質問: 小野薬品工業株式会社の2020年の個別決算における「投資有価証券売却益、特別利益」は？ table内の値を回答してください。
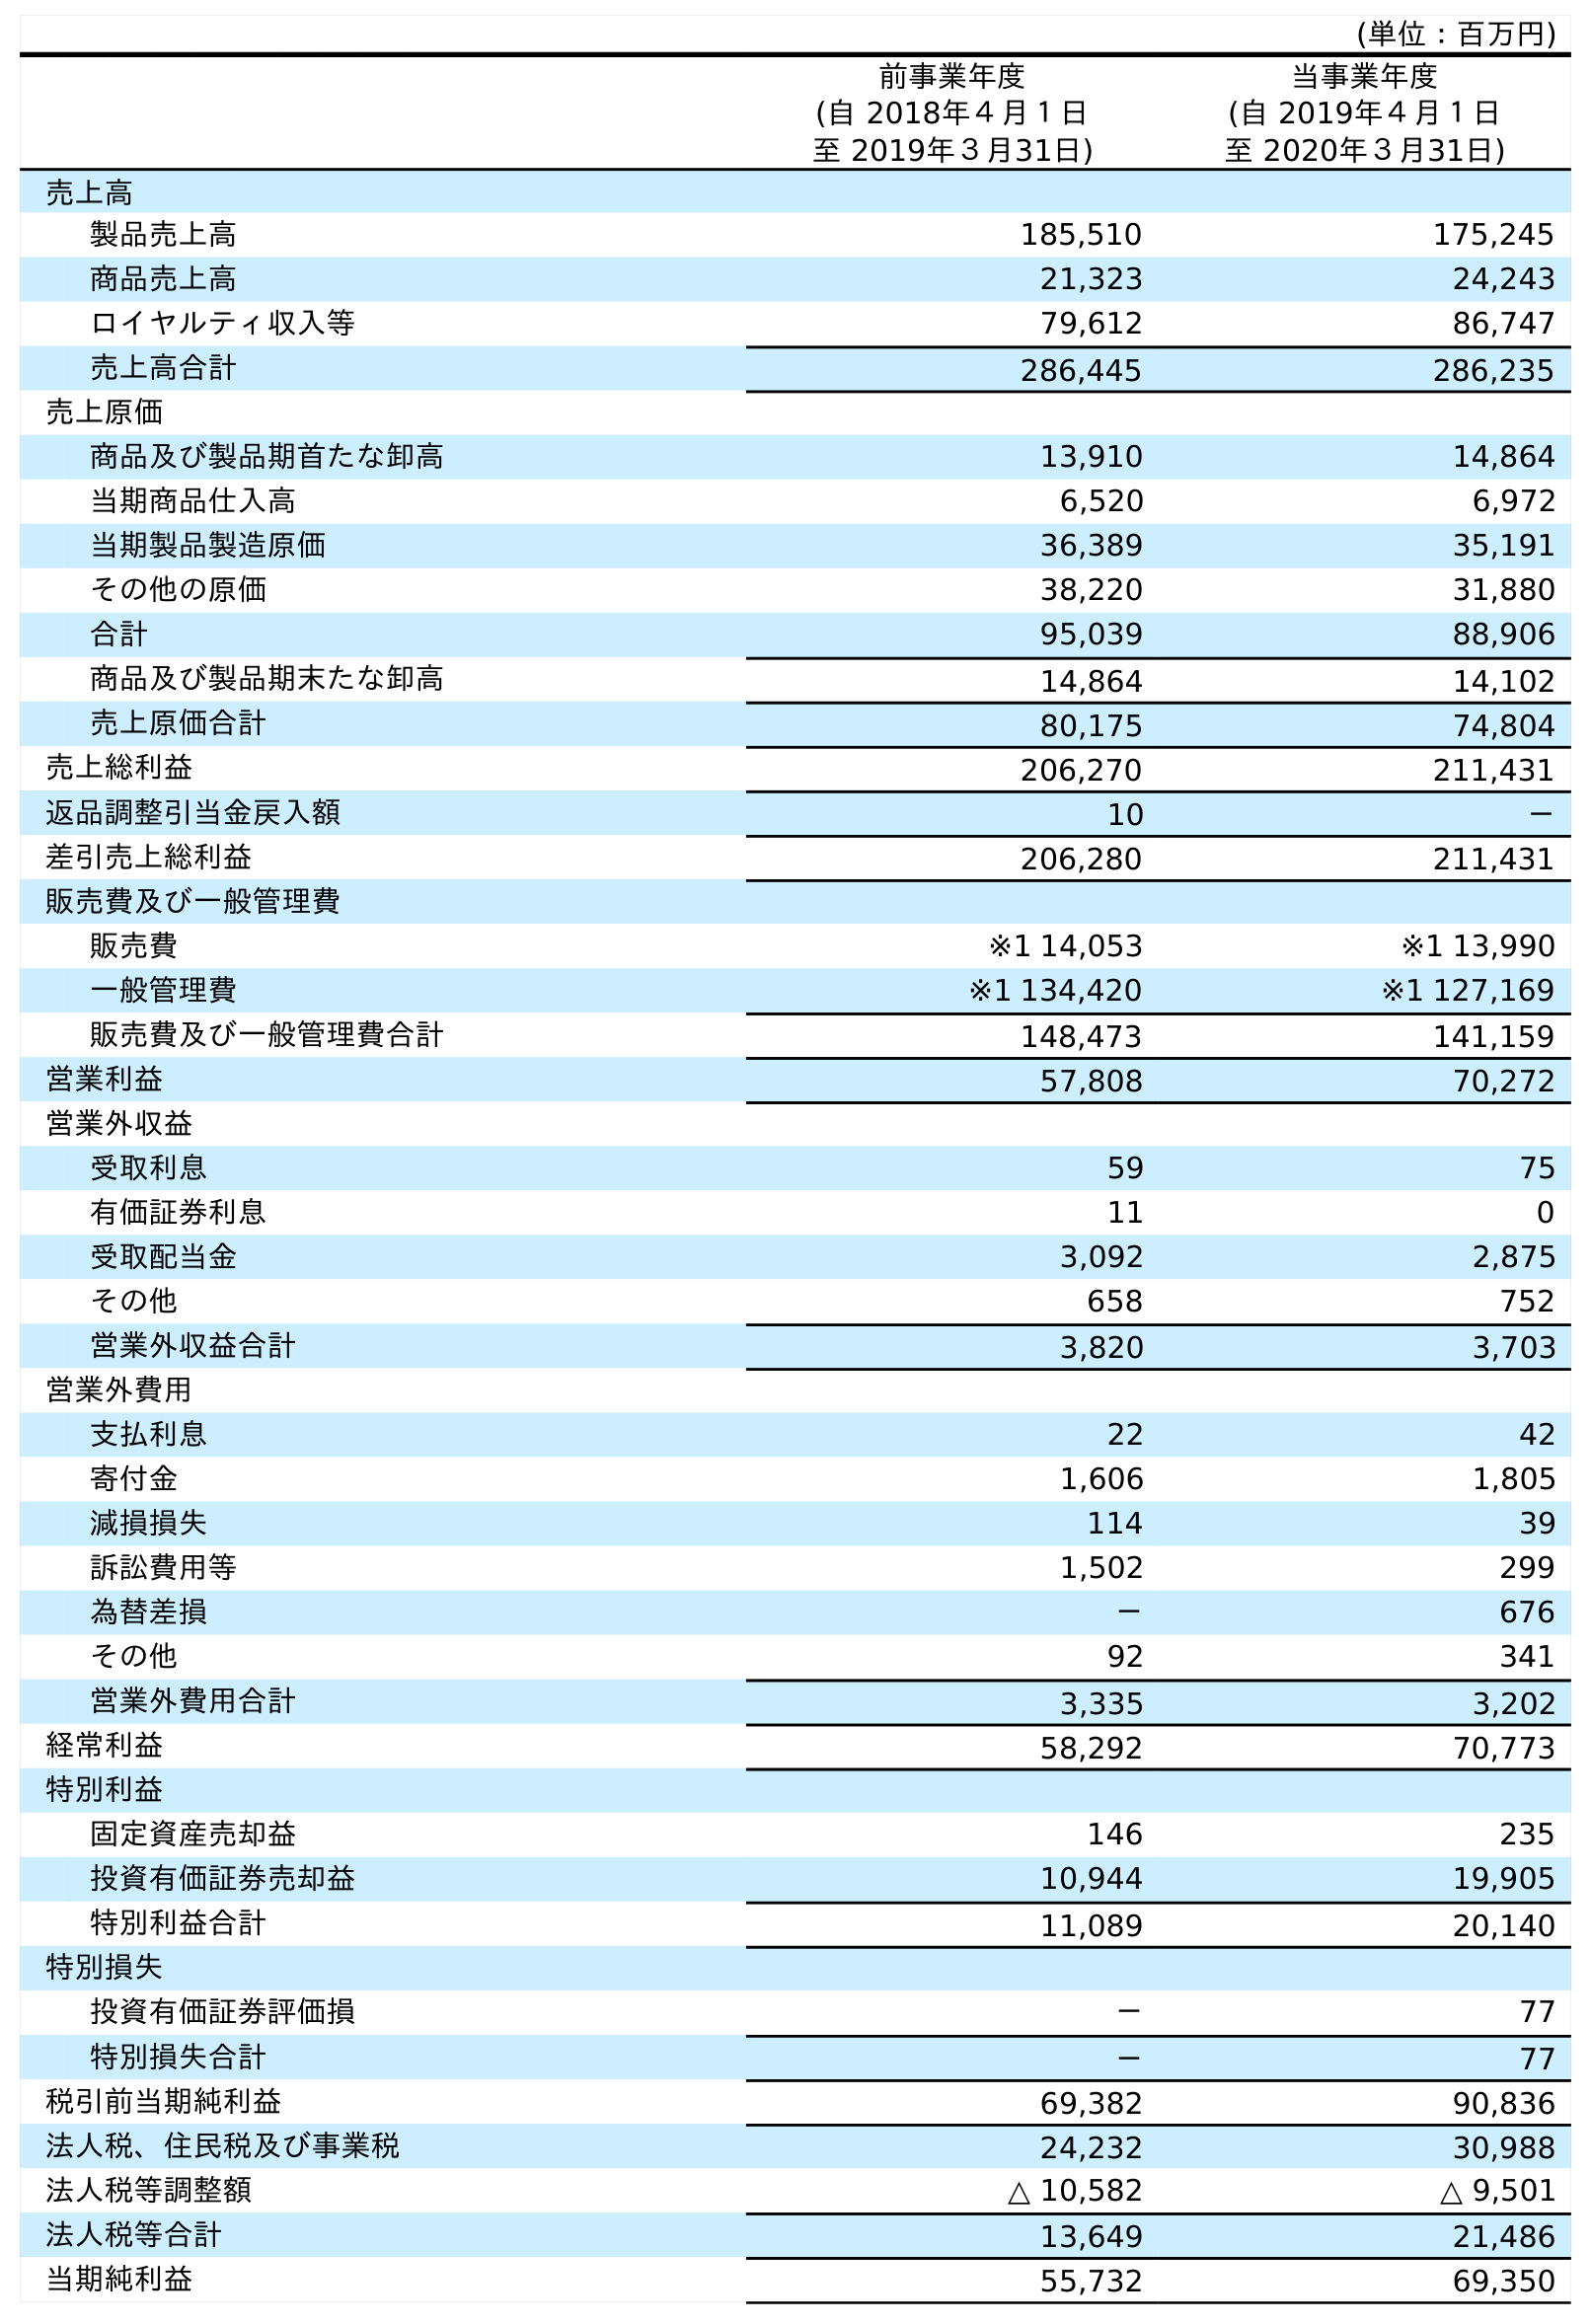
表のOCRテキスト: (単位：百万円) 前事業年度 (自 2018年４月１日 至 2019年３月31日) 当事業年度 (自 2019年４月１日 至 2020年３月31日) 売上高 製品売上高 185,510 175,245 商品売上高 21,323 24,243 ロイヤルティ収入等 79,612 86,747 売上高合計 286,445 286,235 売上原価 商品及び製品期首たな卸高 13,910 14,864 当期商品仕入高 6,520 6,972 当期製品製造原価 36,389 35,191 その他の原価 38,220 31,880 合計 95,039 88,906 商品及び製品期末たな卸高 14,864 14,102 売上原価合計 80,175 74,804 売上総利益 206,270 211,431 返品調整引当金戻入額 10 － 差引売上総利益 206,280 211,431 販売費及び一般管理費 販売費 ※1 14,053 ※1 13,990 一般管理費 ※1 134,420 ※1 127,169 販売費及び一般管理費合計 148,473 141,159 営業利益 57,808 70,272 営業外収益 受取利息 59 75 有価証券利息 11 0 受取配当金 3,092 2,875 その他 658 752 営業外収益合計 3,820 3,703 営業外費用 支払利息 22 42 寄付金 1,606 1,805 減損損失 114 39 訴訟費用等 1,502 299 為替差損 － 676 その他 92 341 営業外費用合計 3,335 3,202 経常利益 58,292 70,773 特別利益 固定資産売却益 146 235 投資有価証券売却益 10,944 19,905 特別利益合計 11,089 20,140 特別損失 投資有価証券評価損 － 77 特別損失合計 － 77 税引前当期純利益 69,382 90,836 法人税、住民税及び事業税 24,232 30,988 法人税等調整額 △ 10,582 △ 9,501 法人税等合計 13,649 21,486 当期純利益 55,732 69,350
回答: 19,905